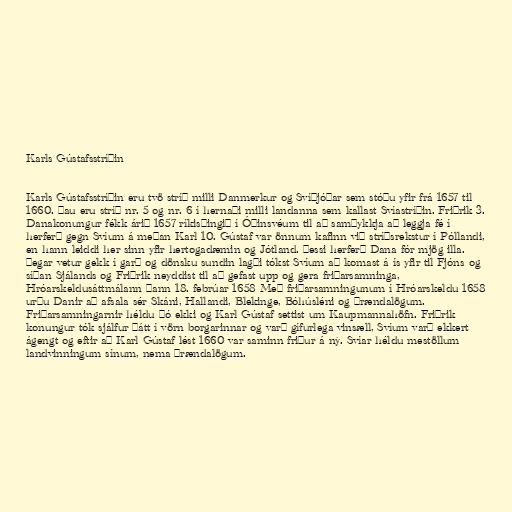
Karls Gústafsstríðin

Karls Gústafsstríðin eru tvö stríð milli Danmerkur og Svíþjóðar sem stóðu yfir frá 1657 til
1660. Þau eru stríð nr. 5 og nr. 6 í hernaði milli landanna sem kallast Svíastríðin. Friðrik 3.
Danakonungur fékk árið 1657 ríkisþingið í Óðinsvéum til að samþykkja að leggja fé í
herferð gegn Svíum á meðan Karl 10. Gústaf var önnum kafinn við stríðsrekstur í Póllandi,
en hann leiddi her sinn yfir hertogadæmin og Jótland. Þessi herferð Dana fór mjög illa.
þegar vetur gekk í garð og dönsku sundin lagði tókst Svíum að komast á ís yfir til Fjóns og
síðan Sjálands og Friðrik neyddist til að gefast upp og gera friðarsamninga,
Hróarskeldusáttmálann þann 18. febrúar 1658 Með friðarsamningunum í Hróarskeldu 1658
urðu Danir að afsala sér Skáni, Hallandi, Blekinge, Bóhúsléni og Þrændalögum.
Friðarsamningarnir héldu þó ekki og Karl Gústaf settist um Kaupmannahöfn. Friðrik
konungur tók sjálfur þátt í vörn borgarinnar og varð gífurlega vinsæll, Svíum varð ekkert
ágengt og eftir að Karl Gústaf lést 1660 var saminn friður á ný. Svíar héldu mestöllum
landvinningum sínum, nema Þrændalögum.